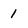
Character: 1